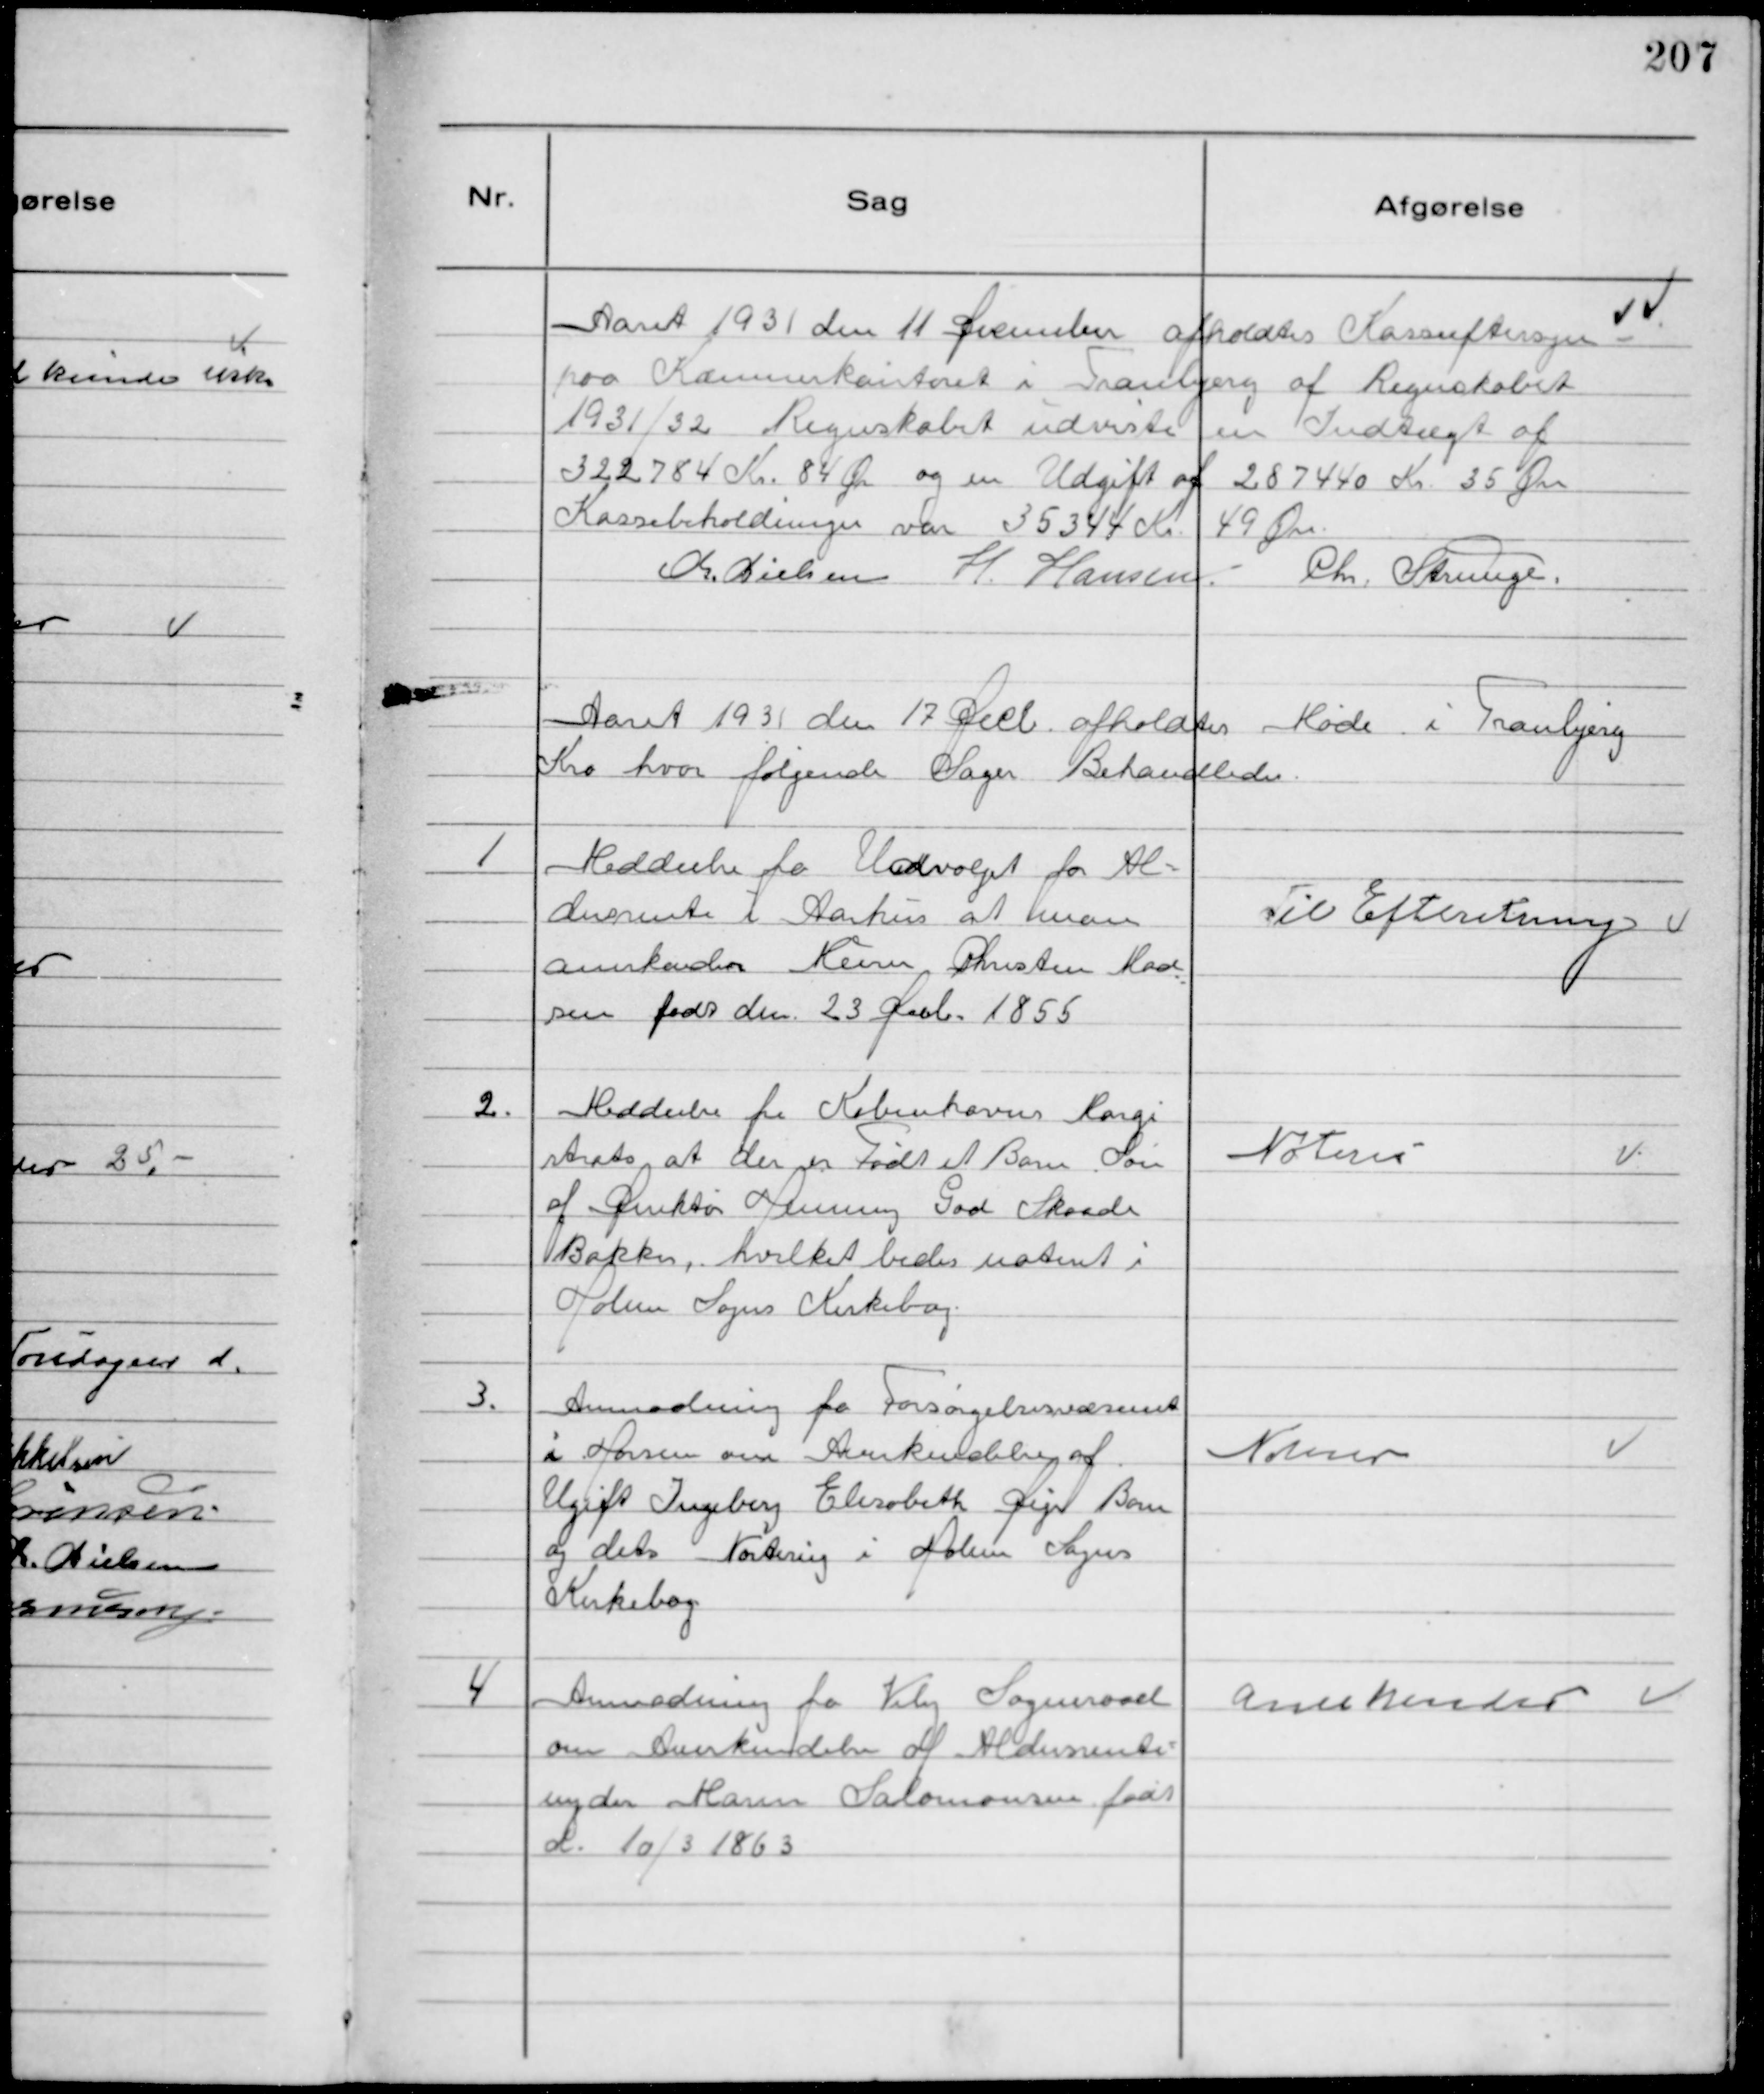
Transskription:
Aaret 1931 den 11 December afholdtes Kasseeftersyn
paa Kommunekontoret i Tranbjerg af Regnskabet
1931/32 Regnskabet udviste en Indtægt af
322784 Kr. 84 Ør og en Udgift af 287440 Kr. 35 Øre
Kassebeholdningen var 35344 Kr. 49 Øre.
Chr. Nielsen H. Hansen. 
Chr. Strunge.

Aaret 1931 17 Decb. afholdtes Møde i Tranbjerg
Kro hvor følgende Sager behandledes.

1
Meddeelse fra Udvalget for Al-
dersrente i Aarhus at man
anerkender Murer Christen Mad
sen født den 23 Decb. 1855

Til Efteretning

2.
Meddeelse fra Københavns Margi
strat at der er Født et Barn Søn
af Direktør Henning Gad Skaade 
Bakker, hvilket bedes noteret i
Holme Sogns Kirkebog.

Noteres

3.
Anmodning fra Forsørgelsesvæsenet
i Horsens om Anerkendelse af
Ugift Ingeborg Elsabeth Sejs Barn
og dets Notering i Holme Sogns
Kirkebog.

Noteres

4
Anmodning fra Viby Sogneraad
om Anerkendelse af Aldersrente-
nyder Maren Salomonsen født
d. 10/3 1863

Anerkendes